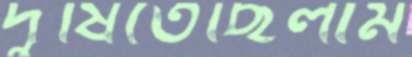
দুষিতেছিলাম